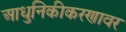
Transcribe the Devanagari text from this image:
आधुनिकीकरणावर